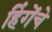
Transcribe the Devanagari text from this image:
हिंगेंचे